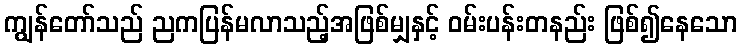
ကျွန်တော်သည် ညကပြန်မလာသည့်အဖြစ်မျှနှင့် ဝမ်းပန်းတနည်း ဖြစ်၍နေသော